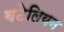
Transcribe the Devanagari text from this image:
बटेलियन